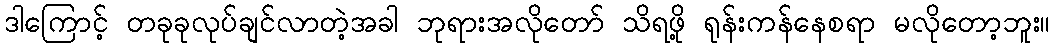
ဒါကြောင့် တခုခုလုပ်ချင်လာတဲ့အခါ ဘုရားအလိုတော် သိရဖို့ ရုန်းကန်နေစရာ မလိုတော့ဘူး။